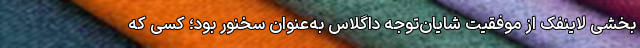
بخشی لاینفک از موفقیت شایان‌توجه داگلاس به‌عنوان سخنور بود؛ کسی که